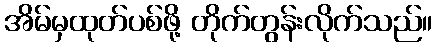
အိမ်မှထုတ်ပစ်ဖို့ တိုက်တွန်းလိုက်သည်။